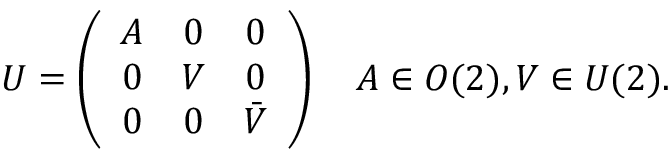
U = \left( \begin{array} { c c c } { { A } } & { { 0 } } & { { 0 } } \\ { { 0 } } & { { V } } & { { 0 } } \\ { { 0 } } & { { 0 } } & { { \bar { V } } } \end{array} \right) \quad A \in O ( 2 ) , V \in U ( 2 ) .